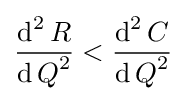
{\frac {\operatorname {d} ^{2}R}{{\operatorname {d} Q}^{2}}}<{\frac {\operatorname {d} ^{2}C}{{\operatorname {d} Q}^{2}}}